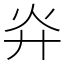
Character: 灷